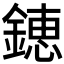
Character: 𨫍